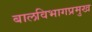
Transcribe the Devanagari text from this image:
बालविभागप्रमुख